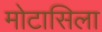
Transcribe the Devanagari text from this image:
मोटासिला